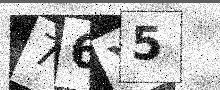
Text: 76X5